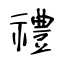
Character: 禮